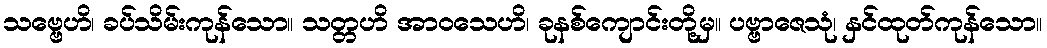
သဗ္ဗေဟိ၊ ခပ်သိမ်းကုန်သော။ သတ္တဟိ အာဝသေဟိ၊ ခုနစ်ကျောင်းတို့မှ။ ပဗ္ဗာဇေသုံ၊ နှင်ထုတ်ကုန်သော။